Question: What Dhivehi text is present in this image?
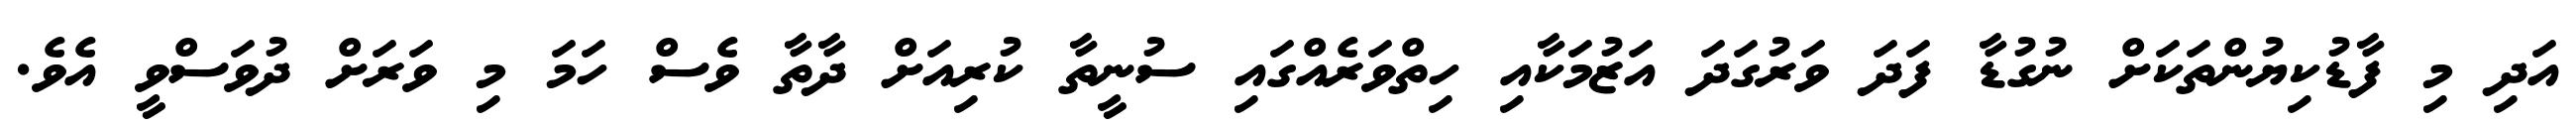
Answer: އަދި މި ފާޑުކިޔުންތަކަށް ނުގުޑާ ފަދަ ވަރުގަދަ އަޒުމަކާއި ހިތްވަރެއްގައި ސުނީތާ ކުރިއަށް ދާތާ ވެސް ހަމަ މި ވަރަށް ދުވަސްވީ އެވެ.